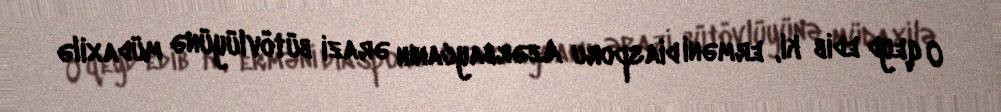
O qeyd edib ki, erməni diasporu Azərbaycanın ərazi bütövlüyünə müdaxilə